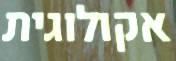
אקולוגית